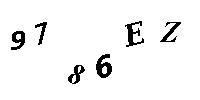
9786EZ